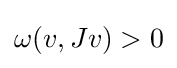
\omega (v,Jv)>0